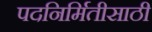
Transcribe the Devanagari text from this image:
पदनिर्मितीसाठी